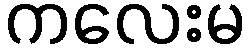
ကလေးမ